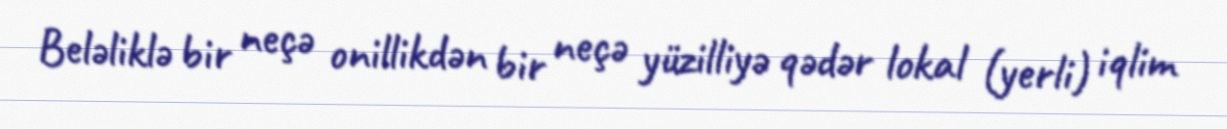
Beləliklə bir neçə onillikdən bir neçə yüzilliyə qədər lokal (yerli) iqlim